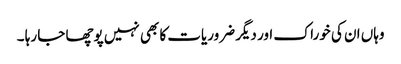
وہاں ان کی خوراک اور دیگر ضروریات کا بھی نہیں پوچھا جا رہا ۔